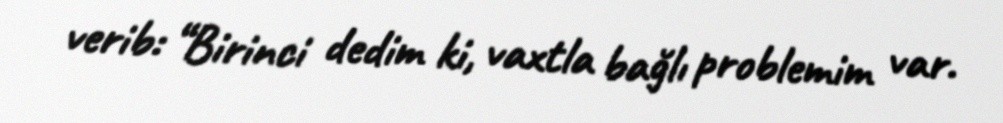
verib: “Birinci dedim ki, vaxtla bağlı problemim var.